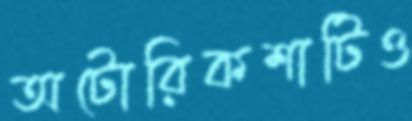
অটোরিকশাটিও